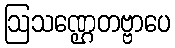
ဩသဏ္ဌေတဗ္ဗာပေ